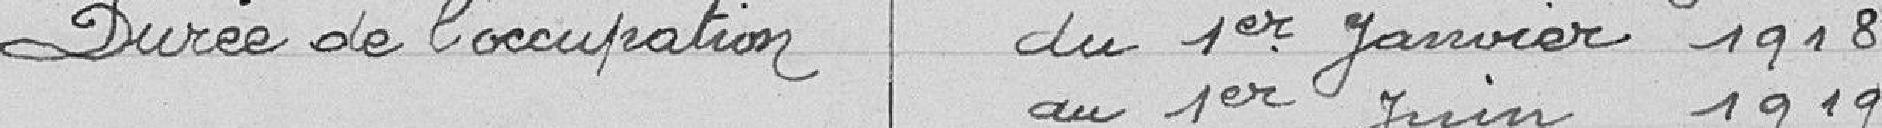
Durée de l'occupation du 1er Janvier 1918 au 1er Juin 1919